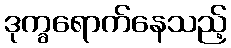
ဒုက္ခရောက်နေသည့်